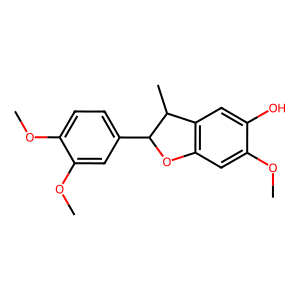
SMILES: COc1cc2c(cc1O)C(C)C(c1ccc(OC)c(OC)c1)O2
Inhibits HIV replication: No